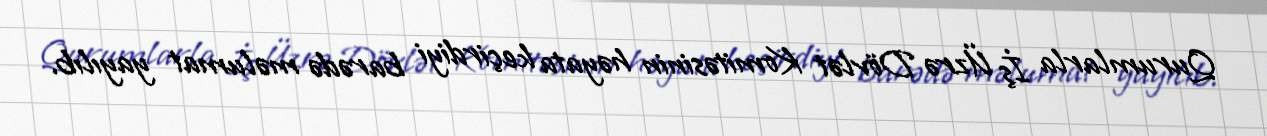
Qurumlarla İş Üzrə Dövlət Komitəsinin həyata keçirdiyi barədə məlumat yayılıb.